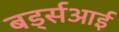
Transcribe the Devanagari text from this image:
बर्ड्सआई